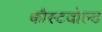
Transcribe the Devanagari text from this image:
कौस्टवोल्ड